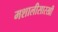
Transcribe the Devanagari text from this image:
मशालीसारखी